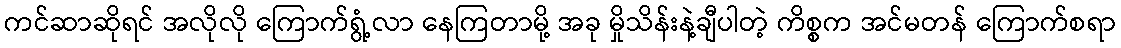
ကင်ဆာဆိုရင် အလိုလို ကြောက်ရွံ့လာ နေကြတာမို့ အခု မှိုသိန်းနဲ့ချီပါတဲ့ ကိစ္စက အင်မတန် ကြောက်စရာ